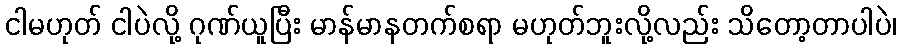
ငါမဟုတ် ငါပဲလို့ ဂုဏ်ယူပြီး မာန်မာနတက်စရာ မဟုတ်ဘူးလို့လည်း သိတော့တာပါပဲ၊